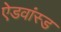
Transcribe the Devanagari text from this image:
ऐडवांस्ड